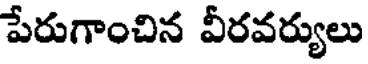
పేరుగాంచిన వీరవర్యులు